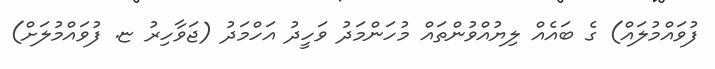
ފުވައްމުލައް) ގެ ބައެއް ލިޔުއްވުންތައް މުހަންމަދު ވަހީދު އަހްމަދު (ޖަވާހިރު ޏ. ފުވައްމުލަށް)